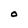
Character: O